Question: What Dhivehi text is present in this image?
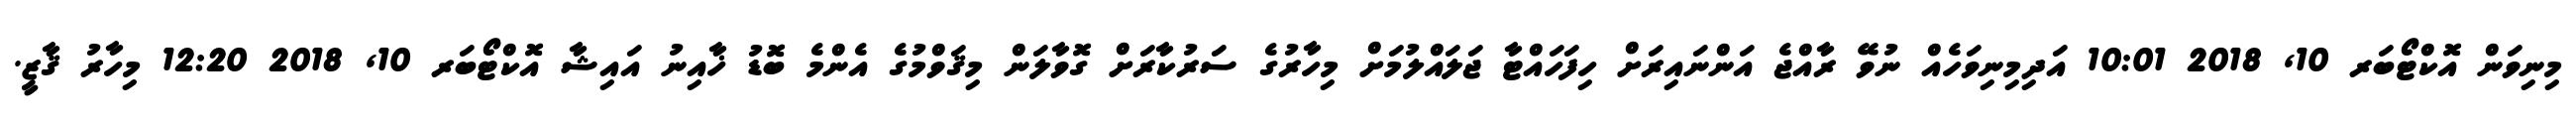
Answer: މިނިވަން އޮކްޓޯބަރ 10, 2018 10:01 އަދިމިނިވަހެއް ނުވޭ ރާއްޖެ އަންނައިރަށް ހިފަހައްޓާ ޖަލައްލުމަށް މިހާރުގެ ސަރުކާރަށް ގޮވާލަން މިޤަވްމުގެ އެންމެ ބޮޑު ޚާއިނު އައިޝާ އޮކްޓޯބަރ 10, 2018 12:20 މިހާރު ޤާޒީ.